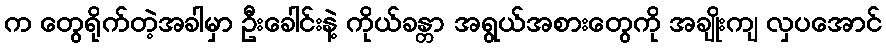
က တွေရိုက်တဲ့အခါမှာ ဦးခေါင်းနဲ့ ကိုယ်ခန္တာ အရွယ်အစားတွေကို အချိုးကျ လှပအောင်